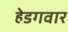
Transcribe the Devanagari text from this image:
हेडगवार